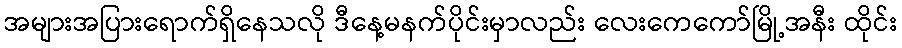
အများအပြားရောက်ရှိနေသလို ဒီနေ့မနက်ပိုင်းမှာလည်း လေးကေကော်မြို့အနီး ထိုင်း